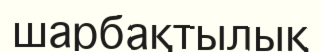
шарбақтылық